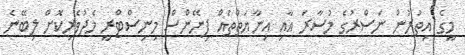
މީގެ އިތުރުން ނަސްރުގެ މުސާރަ އާއި އިނާޔަތްތައް ފިނޭންސް މިނިސްޓްރީ މެދުވެރިކޮށް ލިބޭނެ